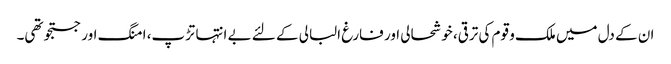
ان کے دل میں ملک و قوم کی ترقی، خوشحالی اور فارغ البالی کے لئے بے انتہا تڑپ، امنگ اور جستجو تھی۔